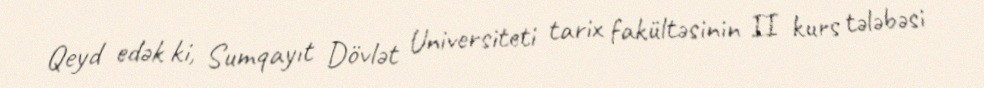
Qeyd edək ki, Sumqayıt Dövlət Universiteti tarix fakültəsinin II kurs tələbəsi